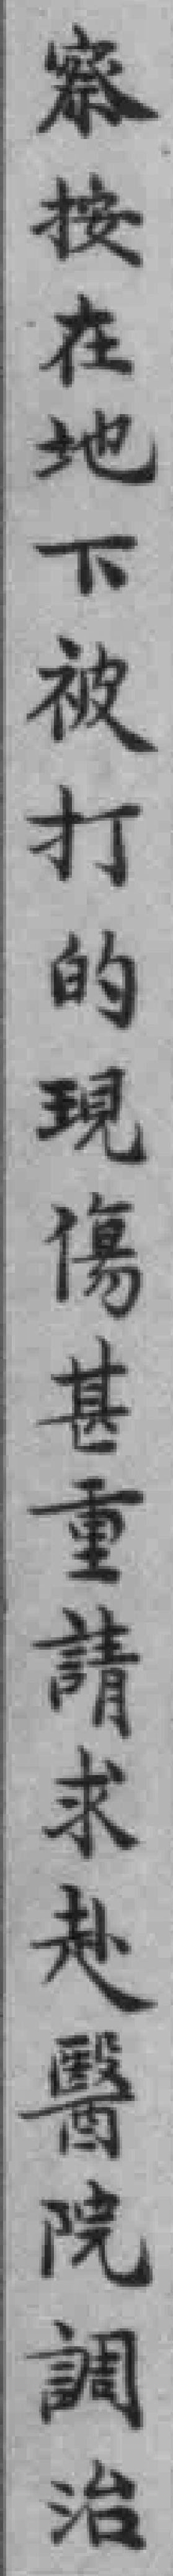
察按在地下被打的現傷甚重請求赴醫院調治